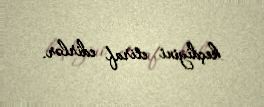
keçdiyini etiraf edirlər.